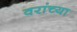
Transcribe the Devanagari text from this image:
वरांच्या